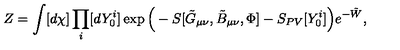
Z = \int [ d \chi ] \prod _ { i } [ d Y _ { 0 } ^ { i } ] \exp \Big ( - S [ \tilde { G } _ { \mu \nu } , \tilde { B } _ { \mu \nu } , \Phi ] - S _ { P V } [ Y _ { 0 } ^ { i } ] \Big ) e ^ { - \tilde { W } } , \nonumber \,